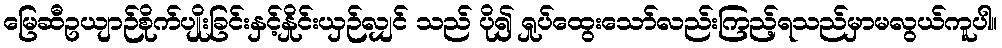
မြေဆီဥယျာဉ်စိုက်ပျိုးခြင်းနှင့်နှိုင်းယှဉ်လျှင် သည် ပို၍ ရှုပ်ထွေးသော်လည်းကြည့်ရသည်မှာမလွယ်ကူပါ။